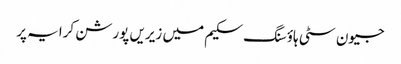
جیون سٹی ہاؤسنگ سکیم میں زیریں پورشن کرایہ پر